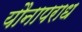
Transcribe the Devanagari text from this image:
यौनापराध